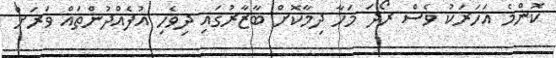
ކޮންމެ އަހަރަކު ވެސް ރޯދަ މަހާ ދިމާކޮށް ބާޒާރުގައި ދިވެހި އުފެއްދުންތައް ވަރަށް